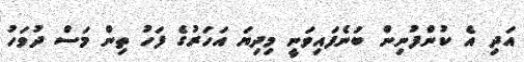
އަދި އެ ކުންފުނިން ބުނެފައިވަނީ މިދިޔަ އަހަރުގެ ފަހު ތިން މަސް ދުވަހު